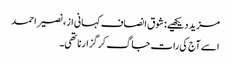
مزید دیکھیے: شوق انصاف کہانی از، نصیر احمد
اسے آج کی رات جاگ کر گزارنا تھی۔